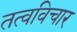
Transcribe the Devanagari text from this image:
तत्वविचार